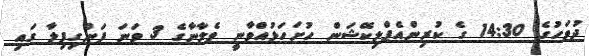
ދުވަހުގެ 14:30 ގެ ކުރިންއެޕްލިކޭޝަން ހުށަހަޅުއްވާނީ ވެލާނާގެ 3 ވަނަ ފަންގިފިލާ ގައި